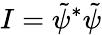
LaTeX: I=\tilde{\psi}^{*}\tilde{\psi}